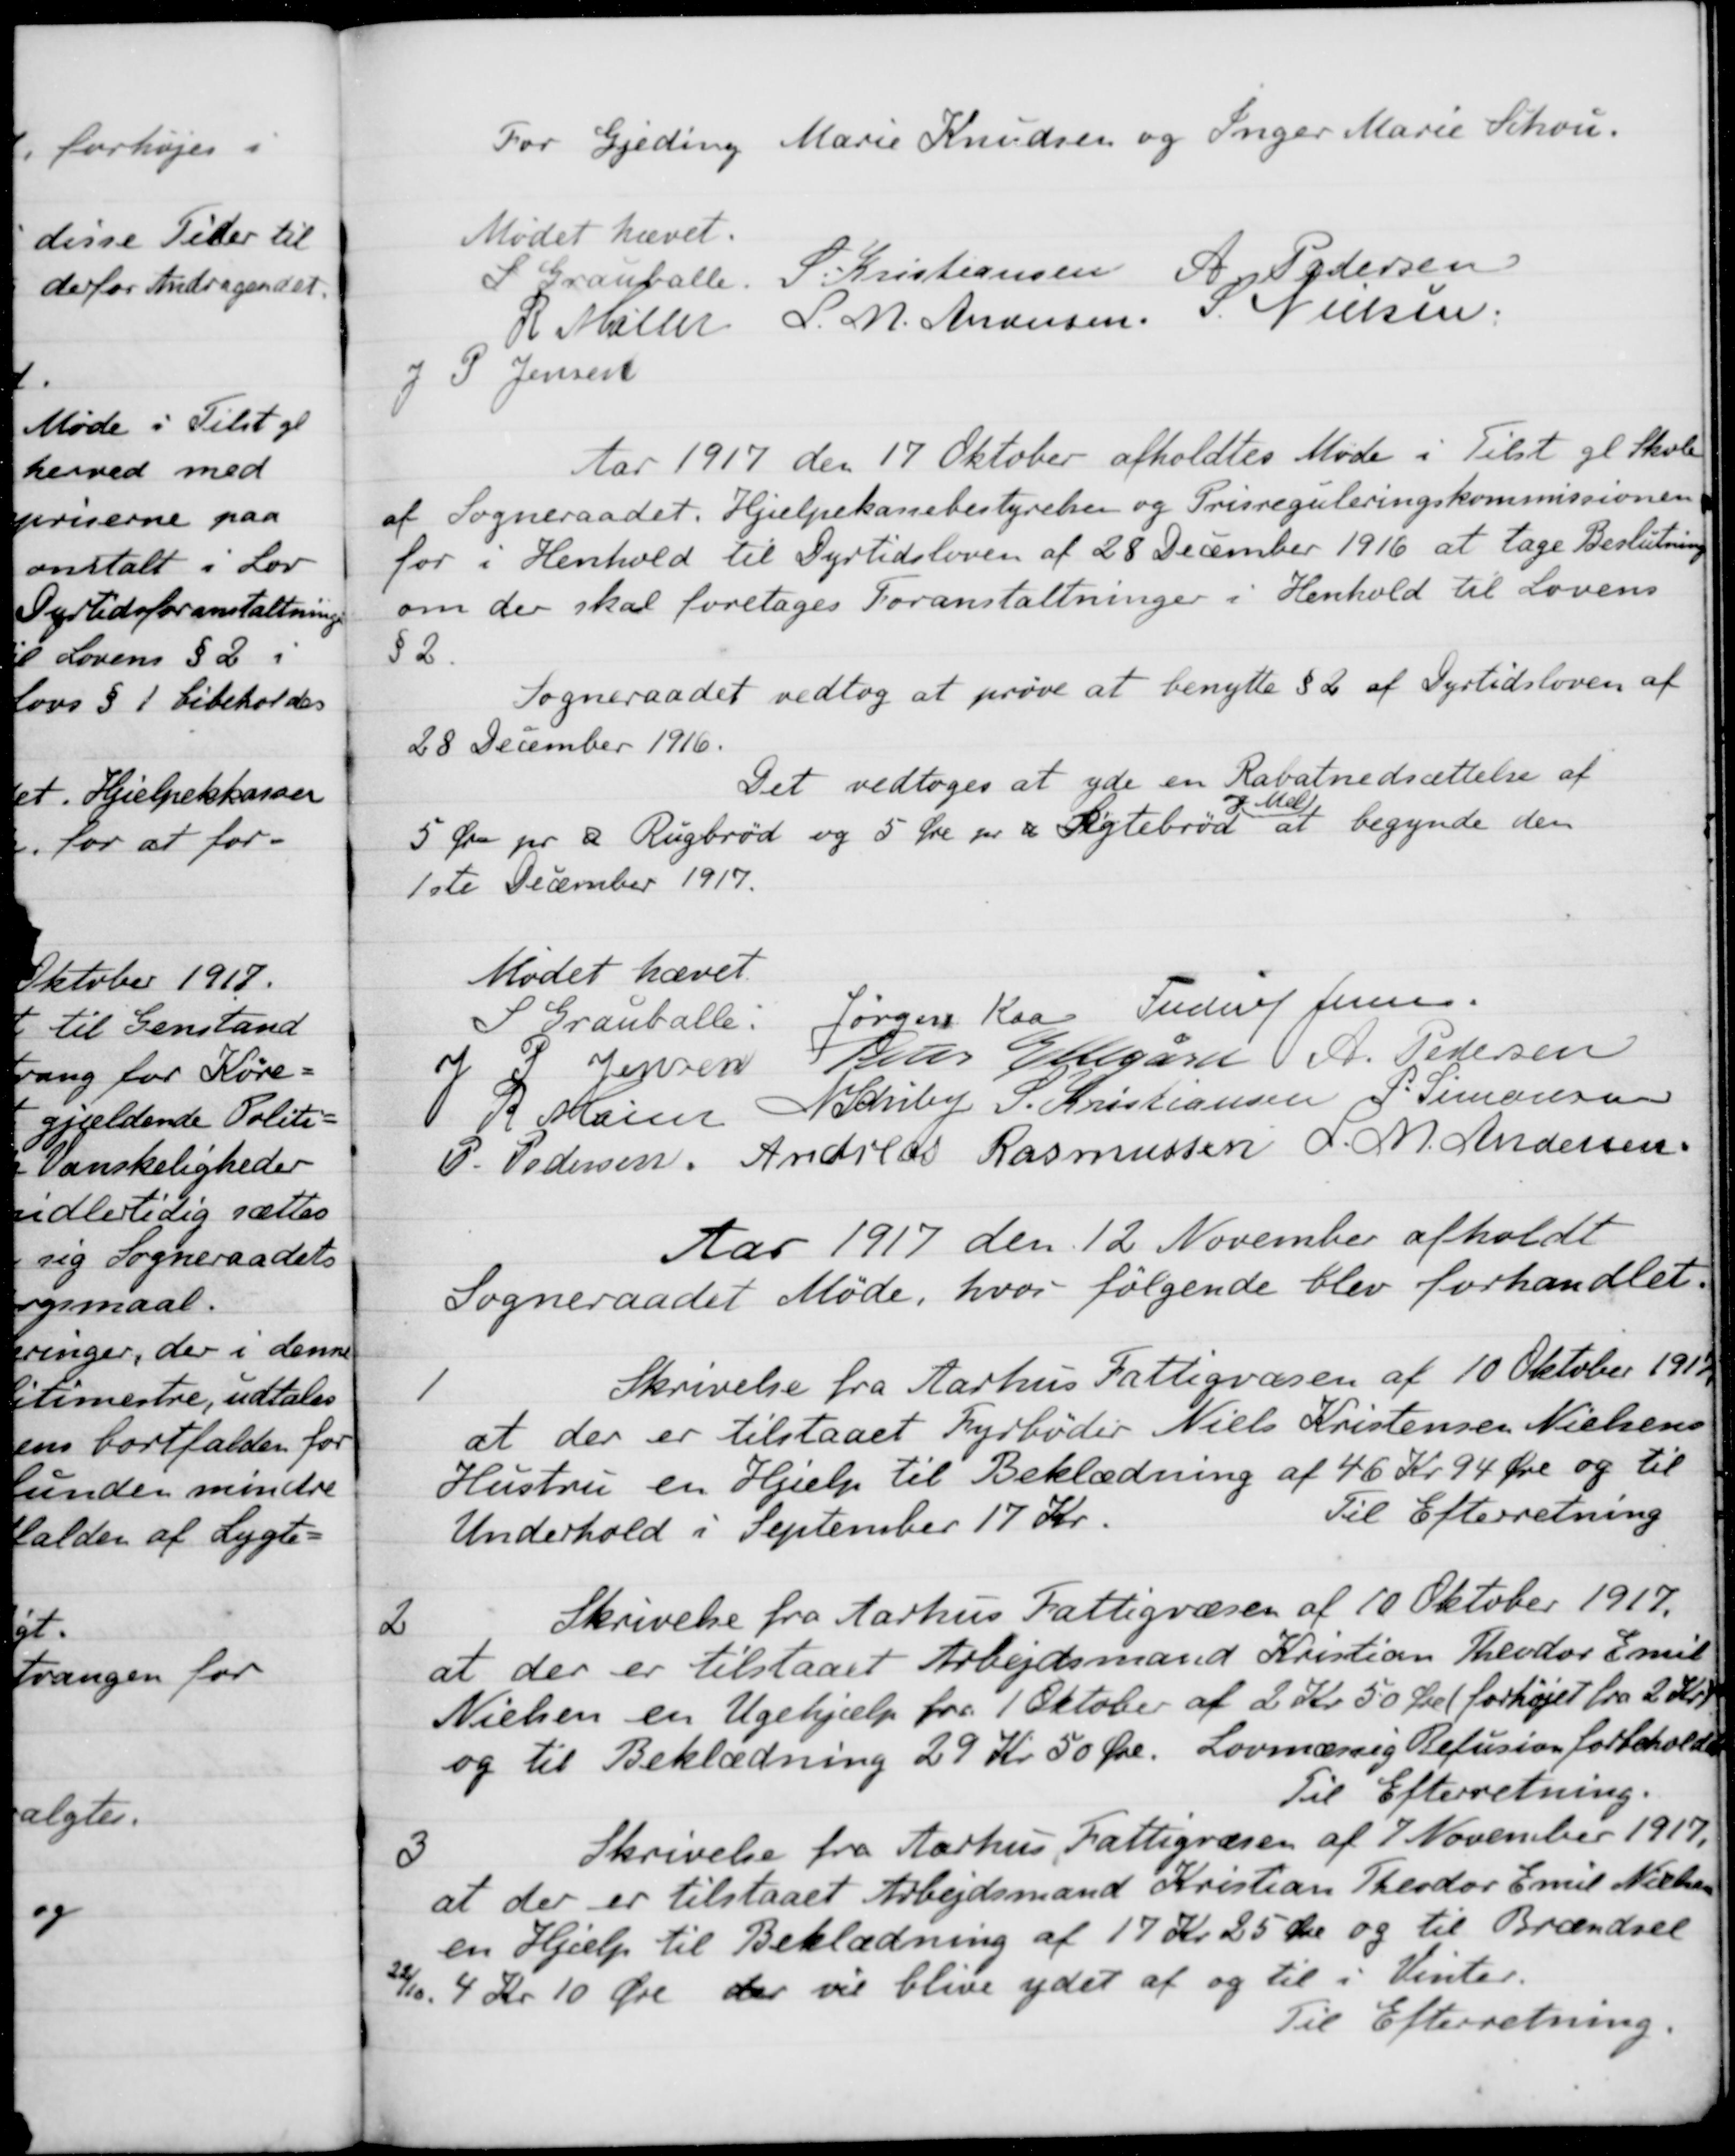
Transskription:
For Gjeding Marie Knudsen og Inger Marie Schou.
Mødet hævet.
S Grauballe
 S. Kristiansen
A Pedersen
R Møller
L. M. Andersen
S. Nielsen
P. Jensen
Aar 1917 den 17 Oktober afholdtes Møde i Tilst gl Skole
af Sogneraadet. Hjælpekassebestyrelsen og Prisreguleringskommissionen
for i Henhold til Dyrtidsloven af 28 December 1916 at tage Beslutning
om der skal foretages Foranstaltninger i Henhold til Lovens 
§2.
Sogneraadet vedtog at prøve at benytte § 2 af Dyrtidsloven af
28 December 1916.
Det vedtoges at yde en Rabatnedsættelse af
5 Øre pr ℔ Rugbrød og 5 Øre pr ℔ Sigtebrød
og. Mel
at begynde den
1ste December 1917.
Mødet hævet.
S Grauballe.
Jørgen Kaa
Frederik Jensen.
J P. Jensen
Peder Ellergård.
A. Pedersen
R Møller
N. Schiby
S. Kristiansen
P. Simonsen
P. Pedersen
Andreas Rasmussen
L. M. Andersen
Aar 1917 den 12 November afholdt
Sogneraadet Møde, hvor følgende blev forhandlet.
1
Skrivelse fra Aarhus Fattigvæsen af 10 Oktober 1917
at der er tilstaaet Fyrbøder Niels Kristensen Nielsens
Hustru en Hjælp til Beklædning af 46 Kr. 94 Øre og til
Underhold i September 17 Kr.
Til Efterretning
2
Skrivelse fra Aarhus Fattigvæsen af 10 Oktober 1917.
at der er tilstaaet Arbejdsmand Kristian Theodor Emil
Nielsen en Ugehjælp fra 1 Oktober af 2 Kr. 50 Øre( forhøjet fra 2 Kr.)
og til Beklædning 29 Kr 50 Øre. Lovmæssig Refusion forbeholdes
Til Efterretning.
Skrivelse fra Aarhus Fattigvæsen af 7 November 1917.
3
at der er tilstaaet Arbejdsmand Kristian Theodor Emil Nielsen
en Hjælp til Beklædning af 17 Kr. 25 Øre og til Brændsel
12/10. 4 Kr 10 Øre der vil blive ydet af og til i Vinter.
Til Efterretning.